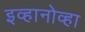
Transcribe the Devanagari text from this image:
इव्हानोव्हा